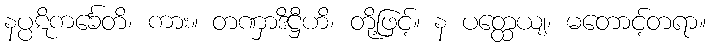
နပ္ပဋိကင်္ခေတိ၊ ကား။ တဏှာဒိဋ္ဌီဟိ၊ တို့ဖြင့်။ န ပတ္ထေယျ၊ မတောင့်တရာ။